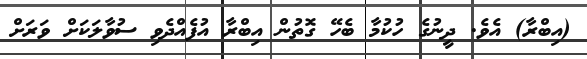
(އިބްރާ) އެވެ. ދީނުގެ ހުކުމާ ބެހޭ ގޮތުން އިބްރާ އުުފެއްދެވި ސުވާލަކަށް ވަރަށް